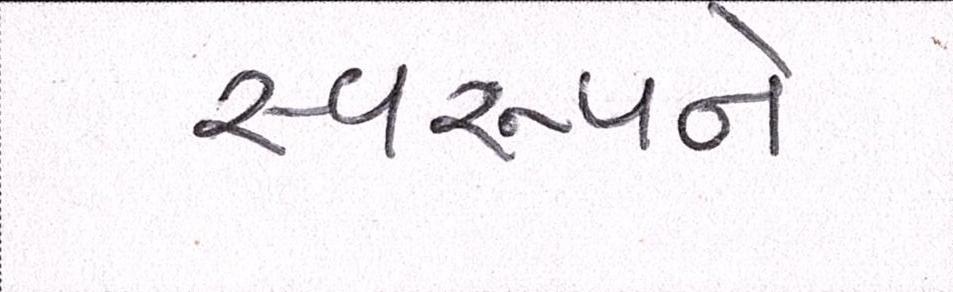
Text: સ્વરૂપને